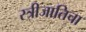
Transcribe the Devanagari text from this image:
स्त्रीजातिचा